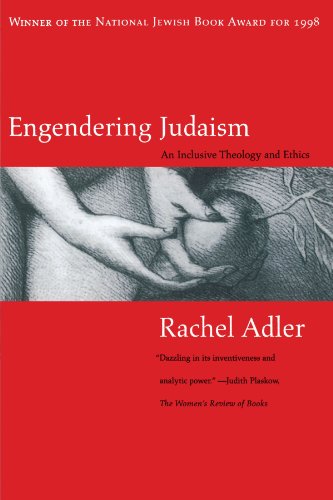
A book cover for Engendering Judaism: An Inclusive Theology and Ethics; Rachel Adler; Religion & Spirituality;